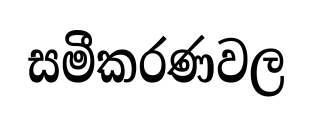
සමීකරණවල